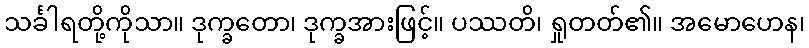
သင်္ခါရတို့ကိုသာ။ ဒုက္ခတော၊ ဒုက္ခအားဖြင့်။ ပဿတိ၊ ရှုတတ်၏။ အမောဟေန၊